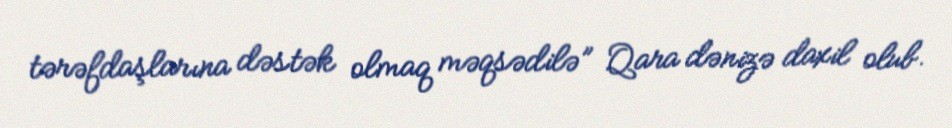
tərəfdaşlarına dəstək olmaq məqsədilə” Qara dənizə daxil olub.